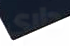
داري